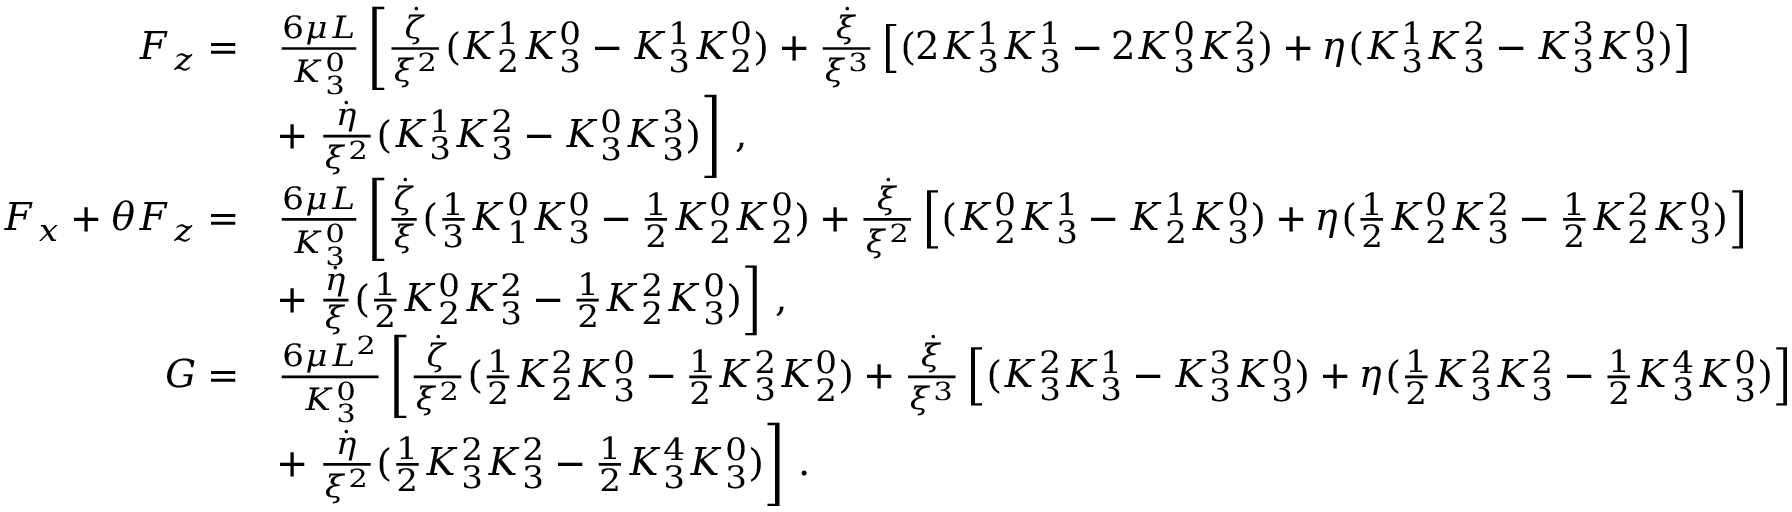
\begin{array} { r l } { F _ { z } = } & { \frac { 6 \mu L } { K _ { 3 } ^ { 0 } } \left[ \frac { \dot { \zeta } } { \xi ^ { 2 } } ( K _ { 2 } ^ { 1 } K _ { 3 } ^ { 0 } - K _ { 3 } ^ { 1 } K _ { 2 } ^ { 0 } ) + \frac { \dot { \xi } } { \xi ^ { 3 } } \left[ ( 2 K _ { 3 } ^ { 1 } K _ { 3 } ^ { 1 } - 2 K _ { 3 } ^ { 0 } K _ { 3 } ^ { 2 } ) + \eta ( K _ { 3 } ^ { 1 } K _ { 3 } ^ { 2 } - K _ { 3 } ^ { 3 } K _ { 3 } ^ { 0 } ) \right] \right. } \\ & { + \left. \frac { \dot { \eta } } { \xi ^ { 2 } } ( K _ { 3 } ^ { 1 } K _ { 3 } ^ { 2 } - K _ { 3 } ^ { 0 } K _ { 3 } ^ { 3 } ) \right] \, , } \\ { F _ { x } + \theta F _ { z } = } & { \frac { 6 \mu L } { K _ { 3 } ^ { 0 } } \left[ \frac { \dot { \zeta } } { \xi } ( \frac { 1 } { 3 } K _ { 1 } ^ { 0 } K _ { 3 } ^ { 0 } - \frac { 1 } { 2 } K _ { 2 } ^ { 0 } K _ { 2 } ^ { 0 } ) + \frac { \dot { \xi } } { \xi ^ { 2 } } \left[ ( K _ { 2 } ^ { 0 } K _ { 3 } ^ { 1 } - K _ { 2 } ^ { 1 } K _ { 3 } ^ { 0 } ) + \eta ( \frac { 1 } { 2 } K _ { 2 } ^ { 0 } K _ { 3 } ^ { 2 } - \frac { 1 } { 2 } K _ { 2 } ^ { 2 } K _ { 3 } ^ { 0 } ) \right] \right. } \\ & { + \left. \frac { \dot { \eta } } { \xi } ( \frac { 1 } { 2 } K _ { 2 } ^ { 0 } K _ { 3 } ^ { 2 } - \frac { 1 } { 2 } K _ { 2 } ^ { 2 } K _ { 3 } ^ { 0 } ) \right] \, , } \\ { G = } & { \frac { 6 \mu L ^ { 2 } } { K _ { 3 } ^ { 0 } } \left[ \frac { \dot { \zeta } } { \xi ^ { 2 } } ( \frac { 1 } { 2 } K _ { 2 } ^ { 2 } K _ { 3 } ^ { 0 } - \frac { 1 } { 2 } K _ { 3 } ^ { 2 } K _ { 2 } ^ { 0 } ) + \frac { \dot { \xi } } { \xi ^ { 3 } } \left[ ( K _ { 3 } ^ { 2 } K _ { 3 } ^ { 1 } - K _ { 3 } ^ { 3 } K _ { 3 } ^ { 0 } ) + \eta ( \frac { 1 } { 2 } K _ { 3 } ^ { 2 } K _ { 3 } ^ { 2 } - \frac { 1 } { 2 } K _ { 3 } ^ { 4 } K _ { 3 } ^ { 0 } ) \right] \right. } \\ & { + \left. \frac { \dot { \eta } } { \xi ^ { 2 } } ( \frac { 1 } { 2 } K _ { 3 } ^ { 2 } K _ { 3 } ^ { 2 } - \frac { 1 } { 2 } K _ { 3 } ^ { 4 } K _ { 3 } ^ { 0 } ) \right] \, . } \end{array}